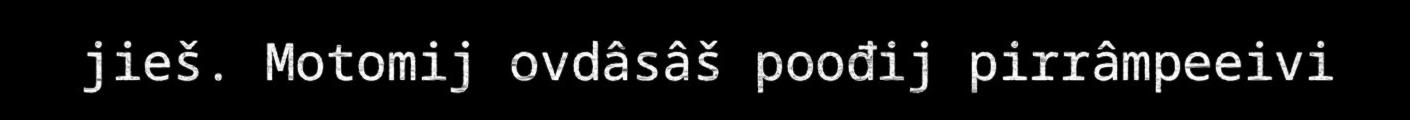
jieš. Motomij ovdâsâš poođij pirrâmpeeivi